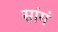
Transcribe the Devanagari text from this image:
सांगं